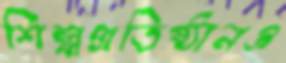
শিল্পপ্রতিষ্ঠানও